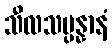
သီလသမ္ပန္နာနံ